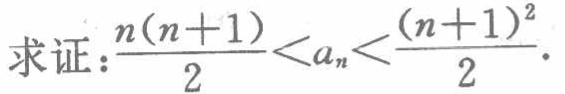
求证：\(\frac{n(n + 1)}{2} < a_{n} < \frac{(n + 1)^{2}}{2}\)。